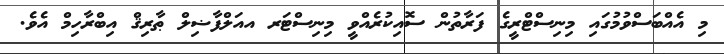
މި އެއްބަސްވުމުގައި މިނިސްޓްރީގެ ފަރާތުން ސޮއިކުރެއްވީ މިނިސްޓަރ އއަލްފާޟިލް ޠާރިޤް އިބްރާހިމް އެވެ.